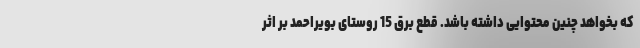
که بخواهد چنین محتوایی داشته باشد. قطع برق 15 روستای بویراحمد بر اثر